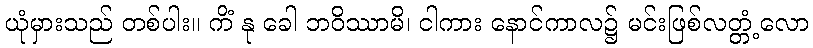
ယုံမှားသည် တစ်ပါး။ ကိံ နု ခေါ ဘဝိဿာမိ၊ ငါကား နောင်ကာလ၌ မင်းဖြစ်လတ္တံ့လော